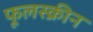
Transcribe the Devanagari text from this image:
फूलस्क्रीन